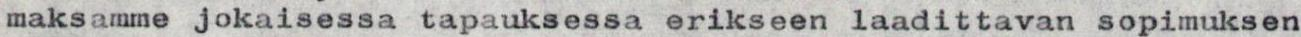
maksamme jokaisessa tapauksessa erikseen laadittavan sopimuksen